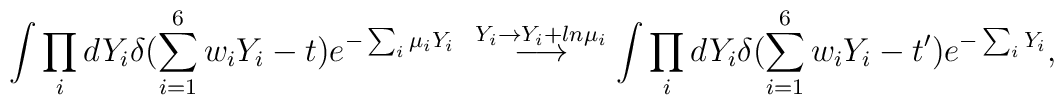
\int\prod_i dY_i\delta(\sum_{i=1}^6w_iY_i - t)e^{-\sum_i\mu_iY_i}\ \stackrel{Y_i\rightarrow Y_i+ln\mu_i}{\longrightarrow}\int\prod_i dY_i\delta(\sum_{i=1}^6w_iY_i-t^\prime)e^{-\sum_iY_i},